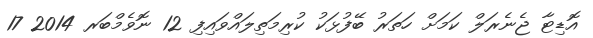
އޮޑިޓާ ޖެނެރަލް ކަމަށް ހަތަރު ބޭފުޅަކު ކުރިމަތިލައްވައިފި 12 ނޮވެމްބަރ 2014 17